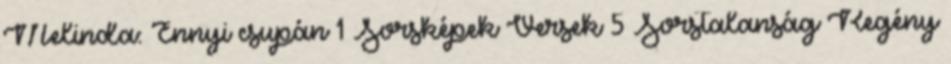
Melinda: Ennyi csupán 1 Sorsképek Versek 5 Sorstalanság Regény